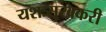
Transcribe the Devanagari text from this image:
यशःसुखकरी